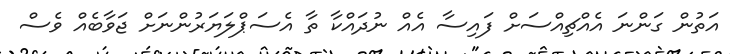
އަތުން ގަންނަ އެއްޗިއްސަށް ފައިސާ އެއް ނުދައްކާ ތާ އެސަޕްލަޔަރުންނަށް ޖަވާބެއް ވެސް